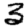
Digit: 3